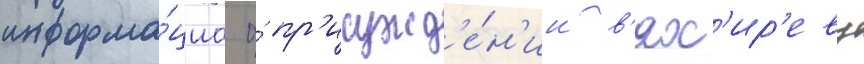
информа́циа о́ пр'исужд'е́н'ии в'ях'ир'еву